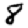
Digit: 8